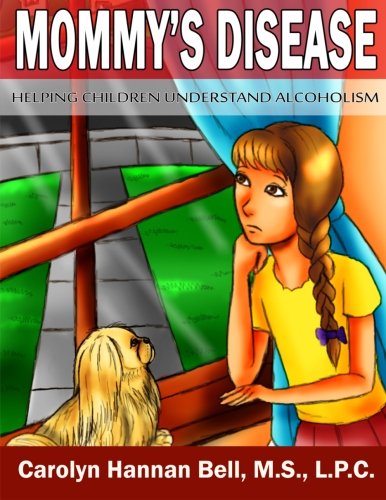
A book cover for Mommy's Disease: Helping Children Understand Alcoholism (Volume 2); Carolyn Hannan Bell; Self-Help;